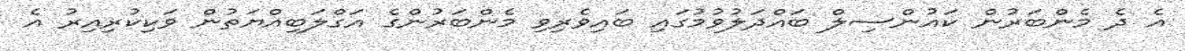
އެ ދެ މެންބަރުން ކައުންސިލް ބައްދަލުވުމުގައި ބައިވެރިވި މެންބަރުންގެ އަގްލަބިއްޔަތުން ވަކިކުރިއިރު އެ